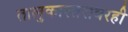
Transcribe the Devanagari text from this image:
तालुकास्तरावरही